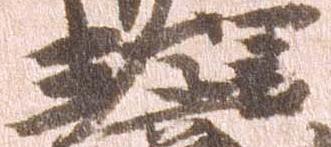
理